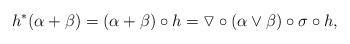
LaTeX: \begin{align*}h^*(\alpha+\beta)=(\alpha+\beta)\circ h=\triangledown\circ(\alpha\vee\beta)\circ\sigma\circ h,\end{align*}